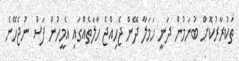
ތަކުރާރުކޮށް ބުނަމުން ދަނީ ހަމަލާ ދޭން ޖެހިއްޖެ ހާލަތެއްގައި އެމީހުން ފަސް ނުޖެހޭނެ